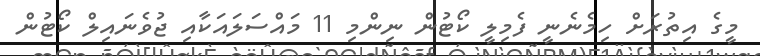
މީގެ އިތުރަށް ހިމެނެނީ ފެމިލީ ކޯޓުން ނިންމި 11 މައްސަލައަކާއި ޖުވެނައިލް ކޯޓުން